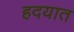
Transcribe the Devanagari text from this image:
हदयात